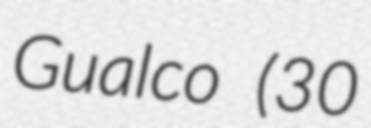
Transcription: Gualco (30